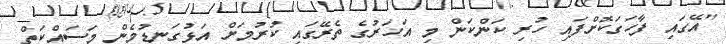
"އޭގައި ފާހަގަކޮށްފައި ހުރި ކަންކަން މި އަހަރުގެ ތެރޭގައި ކުރުމަށް އަޅުގަނޑުމެން މަސައްކަތް